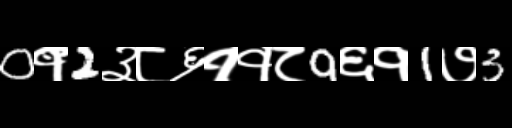
Text: 0१2३८६११८9६१1७3